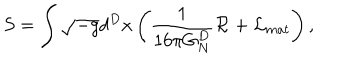
S = \int \sqrt { - g } d ^ { D } x \left( { \frac { 1 } { 1 6 \pi G _ { N } ^ { D } } } { \cal R } + { \cal L } _ { m a t } \right) ,